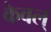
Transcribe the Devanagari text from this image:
केवल्